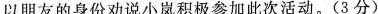
以朋友的身份劝说小岚积极参加此次活动。(3分)